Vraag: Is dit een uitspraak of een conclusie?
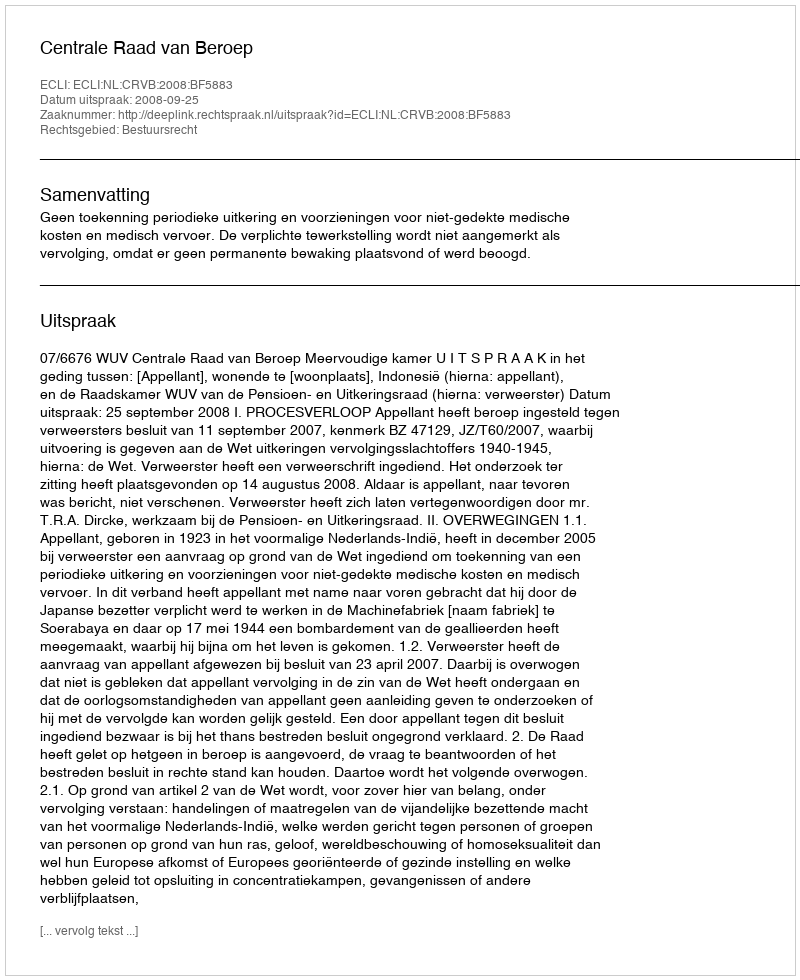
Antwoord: Uitspraak